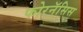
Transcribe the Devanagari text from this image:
फोरनॅसिस